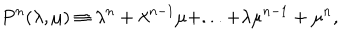
P ^ { n } ( \lambda , \mu ) \equiv \lambda ^ { n } + \lambda ^ { n - 1 } \mu + . . . + \lambda \mu ^ { n - 1 } + \mu ^ { n } ,